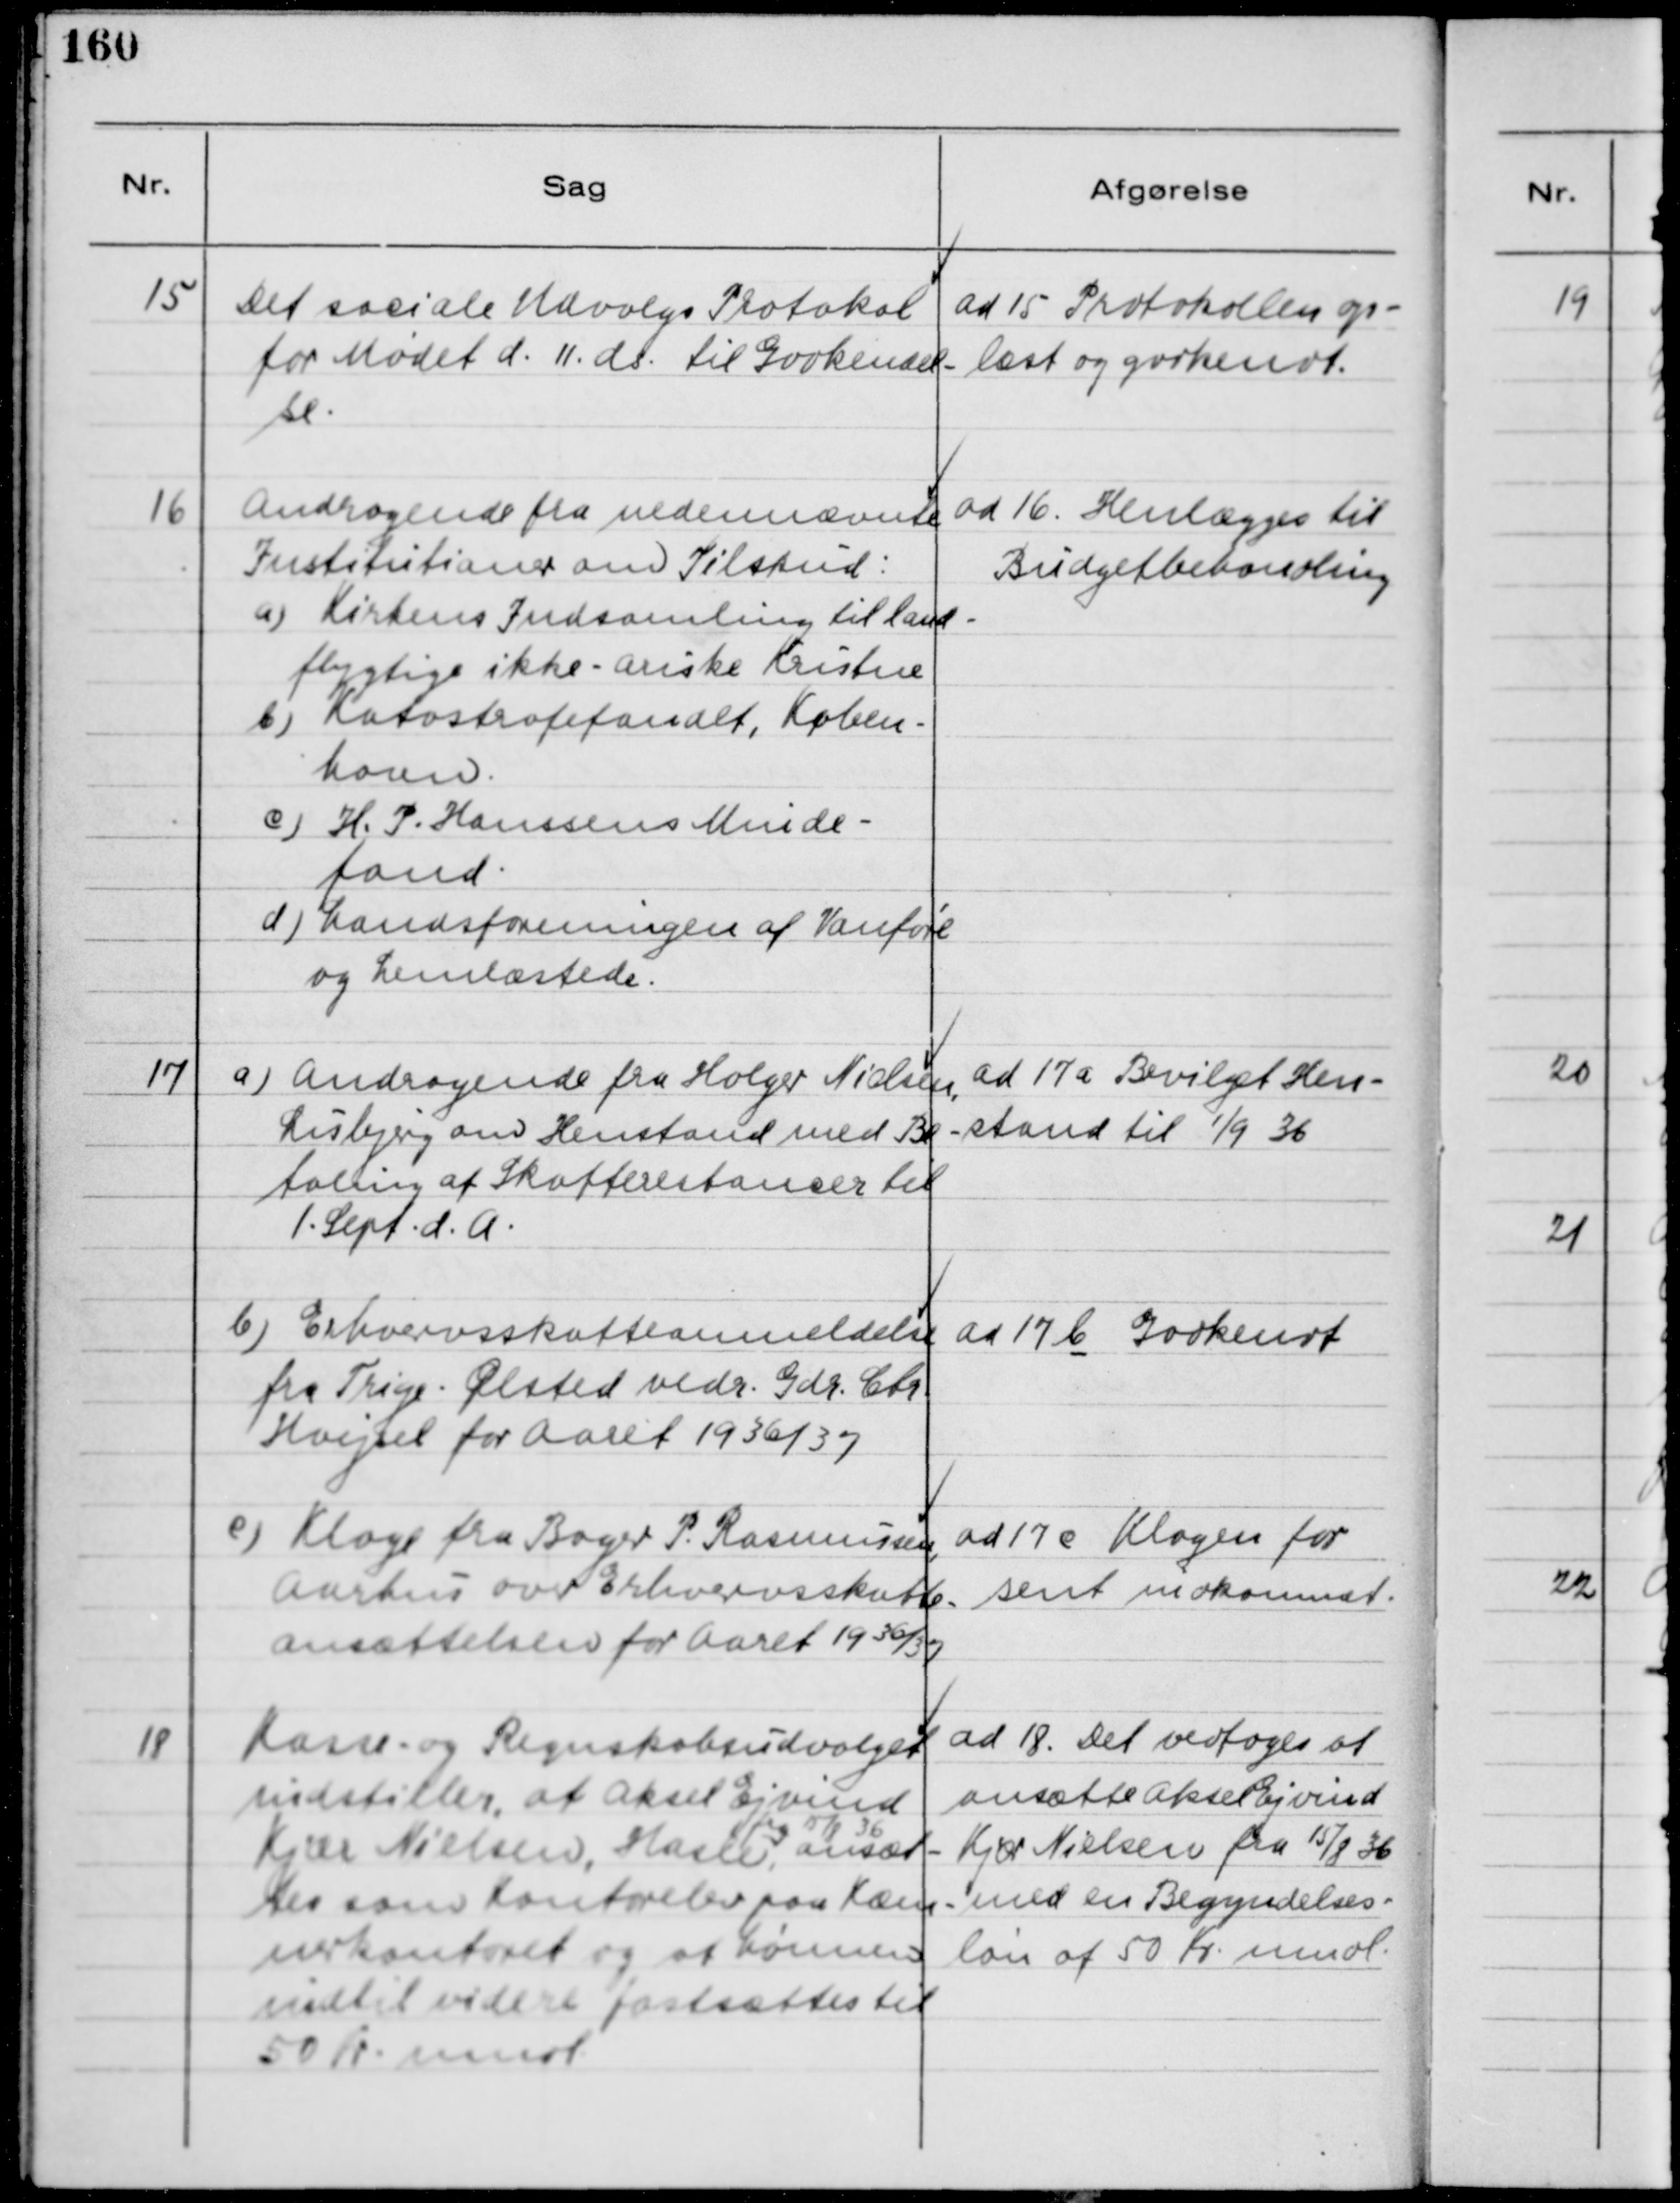
Transskription:
15
Det sociale Udvalgs Protokol
for Mødet d. 11. ds. til Godkendel-
se.
ad 15 Protokollen op-
læst og godkendt.
16
Andragende fra nedennævnte
Institution om Tilskud:
a) Kirkens Indsamling til land-
flygtige ikke-ariske Kristne
b) Katastrofefondet, Køben-
havn.
c) H.P. Hansens Minde-
fond.
d) Landsforeningen af Vanføre
og Lemlæstede.
ad 16. Henlægges til
Budgetbehandling
17
a) Andragende fra Holger Nielsen,
Lisbjerg om Henstand med Be-
taling af Skatterestancer til
1. Sept. d.A.
ad 17 a Bevilget Hen-
stand til 1/9 36
b) Erhvervsskatteanmeldelse
fra Trige-Ølsted vedr. Gdr. Chr.
Hvejsel for Aaret 1936/37
ad 17 b Godkendt
c) Klage fra Bager P. Rasmussen,
Aarhus over Erhvervsskatte-
ansættelsen for Aaret 1936/37
ad 17 c Klagen for
sent indkommet.
18
Kasse- og Regnskabsudvalget
Indstiller, at Aksel Ejvind
Kjær Nielsen, Hasle,
fra 15/8 36
ansæt-
tes som Kontorelev paa Kæm-
nerkontoret og at Lønnen
indtil videre fastsættes til
50 Kroner
ad 18. Det vedtoges at
ansætte Aksel Ejvind
Kjær Nielsen fra 15/8 36
med en Begyndelses-
løn af 50 Kr mdl.